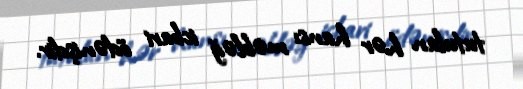
tutulan hər hansı məbləğ icbari ödənişdir.